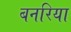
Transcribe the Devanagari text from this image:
बनरिया